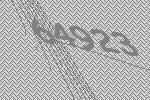
64923